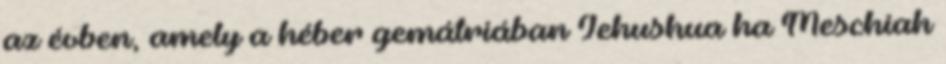
az évben, amely a héber gemátriában Jehushua ha Meschiah